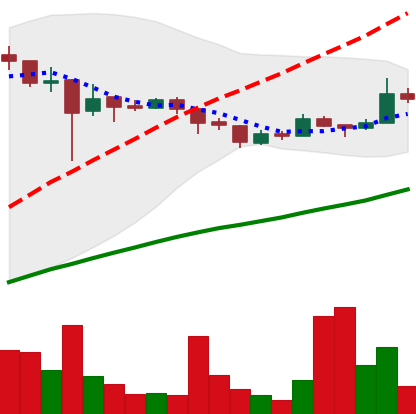
Ticker: LTC-USD
Chart end date: 2018-01-07
Forward return: -17.887%
Label: down_7plus